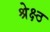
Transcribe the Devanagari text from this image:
श्रेक्ष्ठ